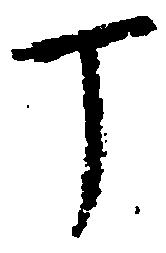
丁